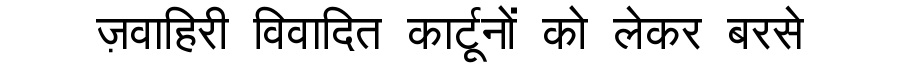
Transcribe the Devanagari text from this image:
ज़वाहिरी विवादित कार्टूनों को लेकर बरसे